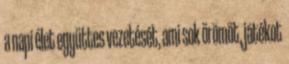
a napi élet együttes vezetését, ami sok örömöt, játékot